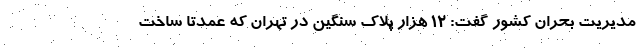
مدیریت بحران کشور گفت: ۱۲ هزار پلاک سنگین در تهران که عمدتاً ساخت